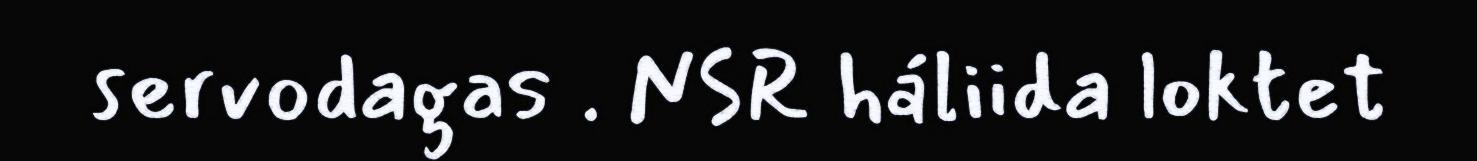
servodagas . NSR háliida loktet